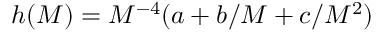
h ( M ) = M ^ { - 4 } ( a + b / M + c / M ^ { 2 } )